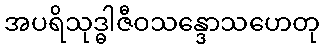
အပရိသုဒ္ဓါဇီဝသန္ဒောသဟေတု